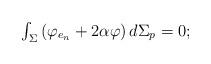
LaTeX: \begin{align*}\begin{array}{c}\int_{\Sigma }\left( \varphi _{e_{n}}+2\alpha \varphi \right) d\Sigma _{p}=0;\end{array}\end{align*}